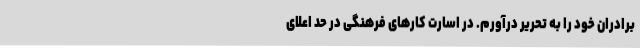
برادران خود را به تحریر درآورم. در اسارت کارهای فرهنگی در حد اعلای